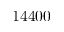
1 4 4 0 0